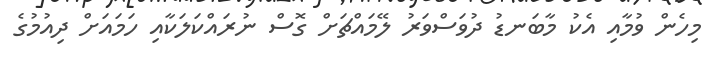
މިހެން ވުމާއި އެކު މާބަނޑު ދުވަސްވަރު ލޭމައްޗަށް ގޮސް ނުރައްކަލަކާއި ހަމައަށް ދިއުމުގެ